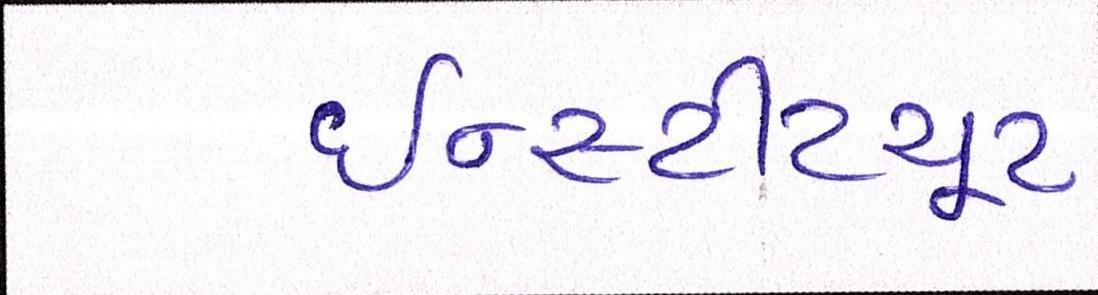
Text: ઇન્સ્ટીટયૂટ